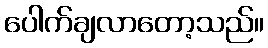
ပေါက်ချလာတော့သည်။